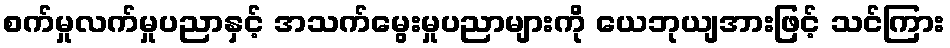
စက်မှုလက်မှုပညာနှင့် အသက်မွေးမှုပညာများကို ယေဘုယျအားဖြင့် သင်ကြား